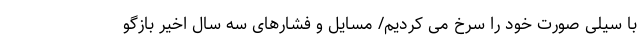
با سیلی صورت خود را سرخ می کردیم/ مسایل و فشارهای سه سال اخیر بازگو